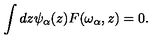
\int d z \psi _ { \alpha } ( z ) F ( \omega _ { \alpha } , z ) = 0 .